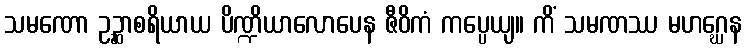
သမဏော ဥဉ္ဆာစရိယာယ ပိဏ္ဍိယာလောပေန ဇီဝိကံ ကပ္ပေယျ။ ကိံ သမဏဿ မဟဂ္ဃေန